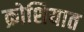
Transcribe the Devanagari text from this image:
क्रोशियात